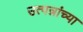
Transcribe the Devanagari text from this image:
उत्पन्नांच्या